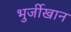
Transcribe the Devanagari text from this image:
भुर्जीखान